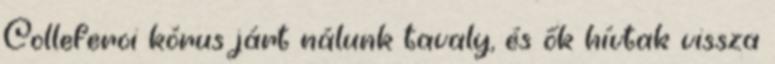
Colleferoi kórus járt nálunk tavaly, és ők hívtak vissza